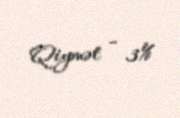
Qiymət - 3%